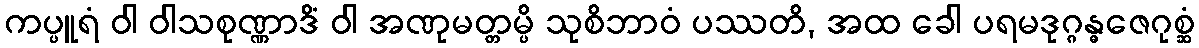
ကပ္ပူရံ ဝါ ဝါသစုဏ္ဏာဒိံ ဝါ အဏုမတ္တမ္ပိ သုစိဘာဝံ ပဿတိ, အထ ခေါ ပရမဒုဂ္ဂန္ဓဇေဂုစ္ဆံ